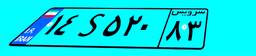
۱۴S۵۲۰۸۳